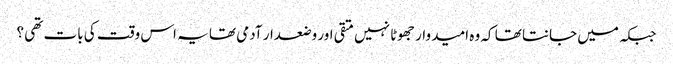
جبکہ میں جانتا تھا کہ وہ امید وار جھوٹا نہیں متقی اور وضعدار آدمی تھا یہ اس وقت کی بات تھی ؟